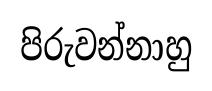
පිරුවන්නාහු